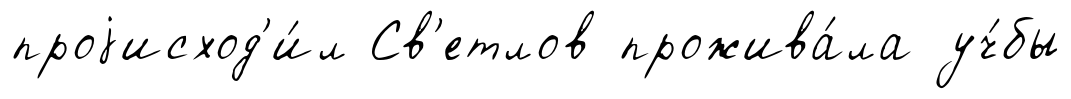
проjисход'и́л Св'етлов прожива́ла уч́бы